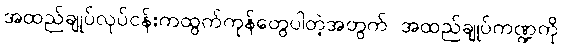
အထည်ချုပ်လုပ်ငန်းကထွက်ကုန်တွေပါတဲ့အတွက် အထည်ချုပ်ကဏ္ဍကို